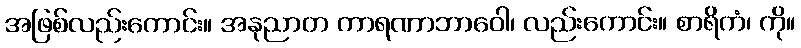
အဖြစ်လည်းကောင်း။ အနုညာတ ကာရဏာဘာဝေါ၊ လည်းကောင်း။ စာရိကံ၊ ကို။